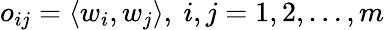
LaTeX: o_{ij}=\langle w_{i},w_{j}\rangle,~i,j=1,2,\ldots,m